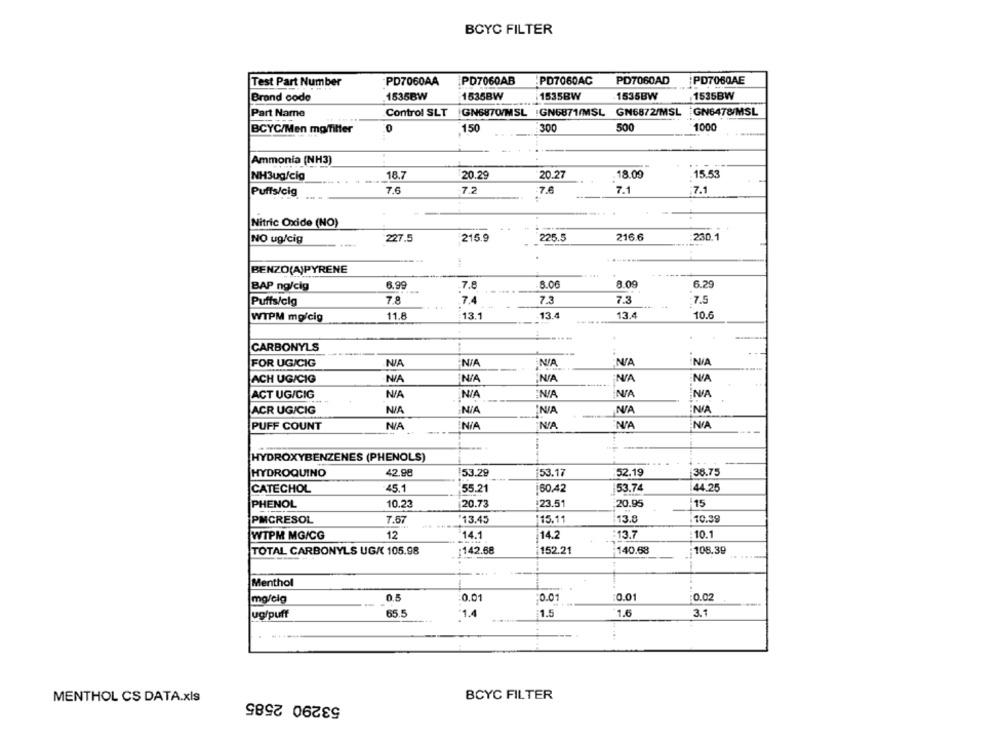
BCYC FILTER
PD7060AA
PD7060AB
PD7060AC
PD7060AD
PD7060AE
Test Part Number
Brand code
1535BW
1535BW
1535BW
1535BW
1535BW
Control SLT
GN6870/MSL GN6871/MSL GN6872/MSL GN6478/MSL
Part Name
1000
BCYC/Men momfilter
0
150
:300
500
Ammonia (NH3)
NH3ug/cig
18.7
20.29
20.27
.18.09
15.53
Puffs/cig
7.6
7.2
7.6
7.1
7.1
Nitric Oxide (NO)
227.5
215.9
225.5
216.6
230.1
NO ug/cig
BENZO(A)PYRENE
BAP ng/cig
6.99
.7.8
8.06
8.09
6.29
Puffs/clg
7.8
7.4
7.3
7.3
7.5
WTPM mg/cig
11.8
13.1
13.4
13.4
10.6
.....
CARBONYLS
FOR UGICIG
NJA
NA
ACH UG/CIG
"N/A
NA
ACT UG/CIG
ACR UG/CIG
"NA
PUFF COUNT
HYDROXYBENZENES (PHENOLS)
HYDROQUINO
42.98
153.29
153.17
52.19
38.75
CATECHOL
45.1
55.21
60.42
53.74
44.25
PHENOL
10.23
20.73
123.51
20.95
15
PMCRESOL
7.67
*13.45
115.11
13.8
10.39
12
14.1
:13.7
10.1
WTPM MG/CG
14.2
108.39
TOTAL CARBONYLS UG/ 105.98
:142.68
152.21
140.68
Menthol
mg/clg
0.5
0.01
0.0
0.01
:0.02
ug/puff
65.5
1.4
1.5
1.6
3.1
. ...
MENTHOL CS DATA.xls
53290 2585
BCYC FILTER